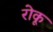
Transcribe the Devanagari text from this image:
रोकू